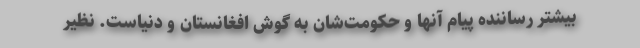
بیشتر رساننده پیام آنها و حکومت‌شان به گوش افغانستان و دنیاست. نظیر